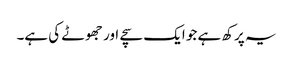
یہ پرکھ ہے جو ایک سچے اور جھوٹے کی ہے۔